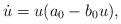
LaTeX: \begin{align*}\dot u=u(a_0-b_0 u),\end{align*}